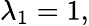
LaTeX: \lambda_{1}=1,